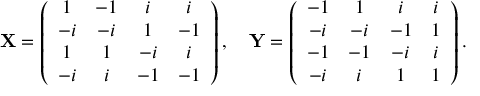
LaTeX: \mathbf { X } = \left( \begin{array} { c c c c } { { 1 } } & { { - 1 } } & { { i } } & { { i } } \\ { { - i } } & { { - i } } & { { 1 } } & { { - 1 } } \\ { { 1 } } & { { 1 } } & { { - i } } & { { i } } \\ { { - i } } & { { i } } & { { - 1 } } & { { - 1 } } \end{array} \right) , \quad \mathbf { Y } = \left( \begin{array} { c c c c } { { - 1 } } & { { 1 } } & { { i } } & { { i } } \\ { { - i } } & { { - i } } & { { - 1 } } & { { 1 } } \\ { { - 1 } } & { { - 1 } } & { { - i } } & { { i } } \\ { { - i } } & { { i } } & { { 1 } } & { { 1 } } \end{array} \right) .